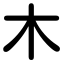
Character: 木